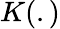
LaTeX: K(.)